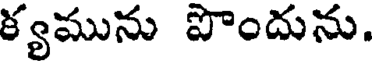
క్యమును పొందును.